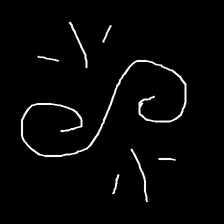
Glyph: wind-directs-air